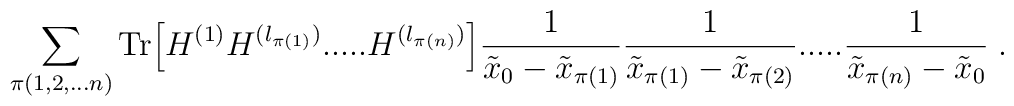
\sum_{\pi(1,2,...n)} \mbox{Tr}\Big[H^{(1)} H^{(l_{\pi(1)})} .....H^{(l_{\pi(n)})} \Big]\frac{1}{\tilde{x}_0 - \tilde{x}_{\pi(1)}}\frac{1}{\tilde{x}_{\pi(1)} - \tilde{x}_{\pi(2)}} .....\frac{1}{\tilde{x}_{\pi(n)} - \tilde{x}_0}  \; .